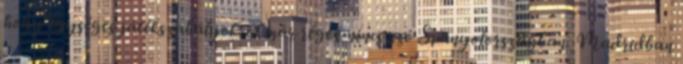
hogy egységes játékszabályokról már régen nincs szó Spanyolországban. Madridban